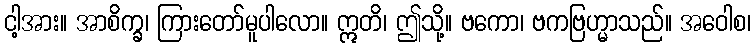
ငါ့အား။ အာစိက္ခ၊ ကြားတော်မူပါလော။ ဣတိ၊ ဤသို့။ ဗကော၊ ဗကဗြဟ္မာသည်။ အဝေါစ၊